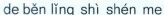
de běn lǐng shì shén me